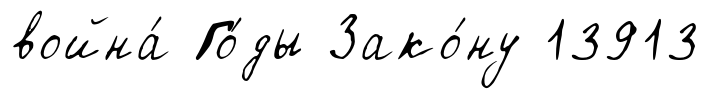
война́ Го́ды Зако́ну 13913